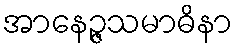
အာနေဉ္ဇသမာဓိနာ